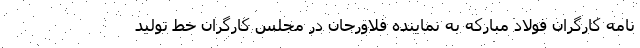
نامه کارگران فولاد مبارکه به نماینده فلاورجان در مجلس کارگران خط تولید